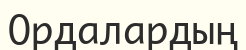
Ордалардың